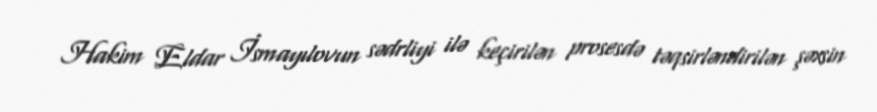
Hakim Eldar İsmayılovun sədrliyi ilə keçirilən prosesdə təqsirləndirilən şəxsin